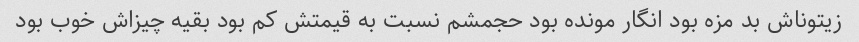
زیتوناش بد مزه بود انگار مونده بود حجمشم نسبت به قیمتش کم بود بقیه چیزاش خوب بود